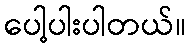
ပေါ့ပါးပါတယ်။